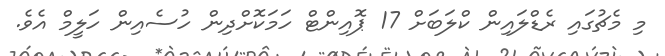
މި މެޗުގައި ރެޑްލައިން ކްލަބަށް 17 ޕޮއިންޓް ހަމަކޮށްދިން ހުސެއިން ހަލީމް އެވެ.